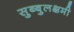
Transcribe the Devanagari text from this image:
सुब्बुलक्षमी